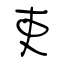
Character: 吏